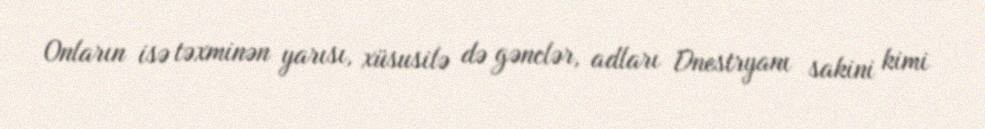
Onların isə təxminən yarısı, xüsusilə də gənclər, adları Dnestryanı sakini kimi